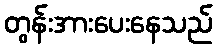
တွန်းအားပေးနေသည်